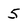
Character: 5